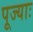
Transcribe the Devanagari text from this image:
पूज्याः